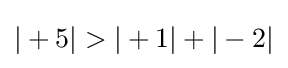
|+5|>|+1|+|-2|